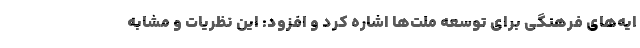
ایه‌های فرهنگی برای توسعه ملت‌ها اشاره کرد و افزود: این نظریات و مشابه